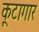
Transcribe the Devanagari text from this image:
कूटागार